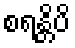
စရန္တိပိ